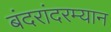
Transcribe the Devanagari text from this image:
बंदरांदरम्यान